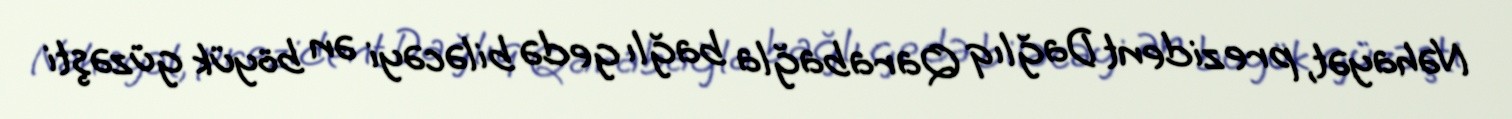
Nəhayət, prezident Dağlıq Qarabağla bağlı gedə biləcəyi ən böyük güzəşti